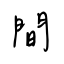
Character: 間